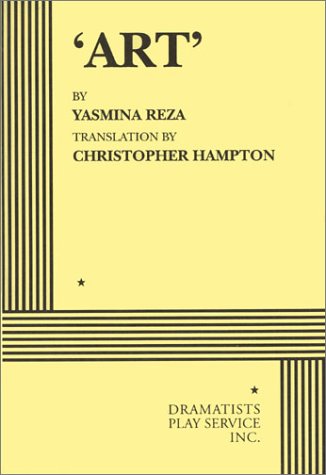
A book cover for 'Art' - Acting Edition; translated by Christopher Hampton Yasmina Reza; Humor & Entertainment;